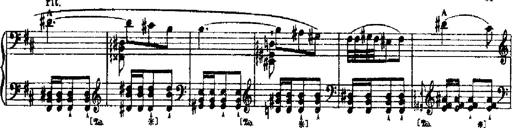
Title: RÃ©miniscences de Robert le diable
Composer: Franz Liszt